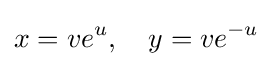
x=ve^{u},\quad y=ve^{-u}